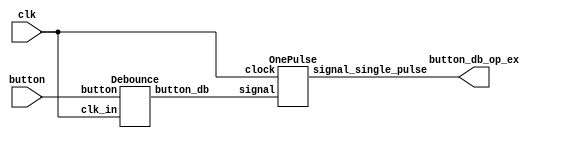
`timescale 1ns / 1ps
//////////////////////////////////////////////////////////////////////////////////
// Company: 
// Engineer: 
// 
// Design Name: 
// Module Name: Onepulse
// Project Name: 
// Target Devices: 
// Tool Versions: 
// Description: 
// 
// Dependencies: 
// 
// Revision:
// Revision 0.01 - File Created
// Additional Comments:
// 
//////////////////////////////////////////////////////////////////////////////////

module Db_and_OP(
	input clk,
	input button,
	output button_db_op_ex
);
	wire button_db;
	wire button_db_op;
	Debounce db(.clk_in(clk), .button(button), .button_db(button_db));
	OnePulse op(.clock(clk), .signal(button_db), .signal_single_pulse(button_db_op_ex));
	// extend ex(.clk_in(clk), .data_in(button_db_op), .data_out(button_db_op_ex));
endmodule

module extend #
(
	parameter    INPUT_WIDTH  = 1,
	parameter    OUTPUT_WIDTH = 1
)
(
	input                           clk_in,
	input                           rst_n,
	input  [INPUT_WIDTH - 1 : 0]     data_in,
	output reg [OUTPUT_WIDTH - 1 : 0]   data_out
);
	reg [31:0] cnt;
	always @(posedge clk_in) begin
		if(data_in)begin // 800 * 525
            data_out <= 1'b1;
			cnt <= 1'd1;
		end
		else begin
			if(cnt !=32'd0 && cnt < 32'd430000)begin  //800*525
				data_out <= 1'b1;
				cnt <= cnt + 1'b1;
			end else begin
				data_out <= 1'b0;
				cnt  <= 32'b0;
			end
		end
	end
endmodule  //extend
module OnePulse (
	output reg signal_single_pulse,
	input wire signal,
	input wire clock
	);
	
	reg signal_delay;

	always @(posedge clock) begin
		if (signal == 1'b1 & signal_delay == 1'b0)
		  signal_single_pulse <= 1'b1;
		else
		  signal_single_pulse <= 1'b0;

		signal_delay <= signal;
	end
endmodule

module Debounce 
(
	input	clk_in,
	input 	button,
	output	button_db
);
reg [19:0] cnt;

always @(posedge clk_in) begin
	 cnt[19:1] <= cnt[18:0];
	 cnt[0] <= button;
end
assign  button_db = (cnt == 20'b1111_1111_1111_1111_1111) ? 1'b1 : 1'b0;

endmodule  //Debounce